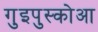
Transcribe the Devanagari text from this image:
गुइपुस्कोआ